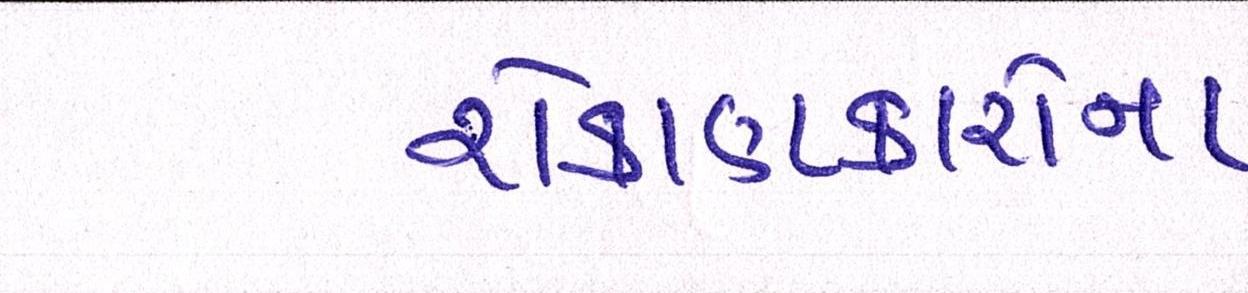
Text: રોકાણકારોના